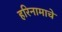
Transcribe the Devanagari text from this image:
हरिनामाचे